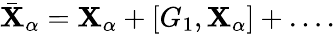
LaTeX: \bar{\mathbf{X}}_{\alpha}={\mathbf{X}}_{\alpha}+[G_{1},{\mathbf{X}}_{\alpha}]+\ldots.